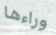
وراءها